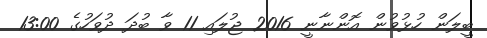
ބީލަން ހުޅުވުން އޮންނާނީ 2016 ޖުލައި 11 ވާ ބުދަ ދުވަހުގެ 13:00